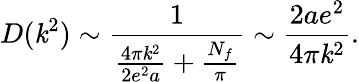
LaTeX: D(\mathit{k}^{2})\sim\frac{{1}}{{\frac{{4\pi\mathit{k}^{2}}}{{2e^{2}a}}+\frac{{N_{f}}}{{\pi}}}}\sim\frac{{2ae^{2}}}{{4\pi\mathit{k}^{2}}}.